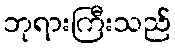
ဘုရားကြီးသည်